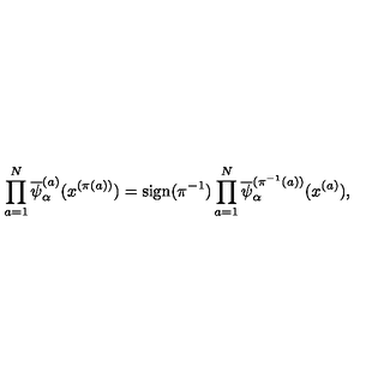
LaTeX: \prod _ { a = 1 } ^ { N } \overline { { \psi } } _ { \alpha } ^ { ( a ) } ( x ^ { ( \pi ( a ) ) } ) = \mathrm { s i g n } ( \pi ^ { - 1 } ) \prod _ { a = 1 } ^ { N } \overline { { \psi } } _ { \alpha } ^ { ( \pi ^ { - 1 } ( a ) ) } ( x ^ { ( a ) } ) ,